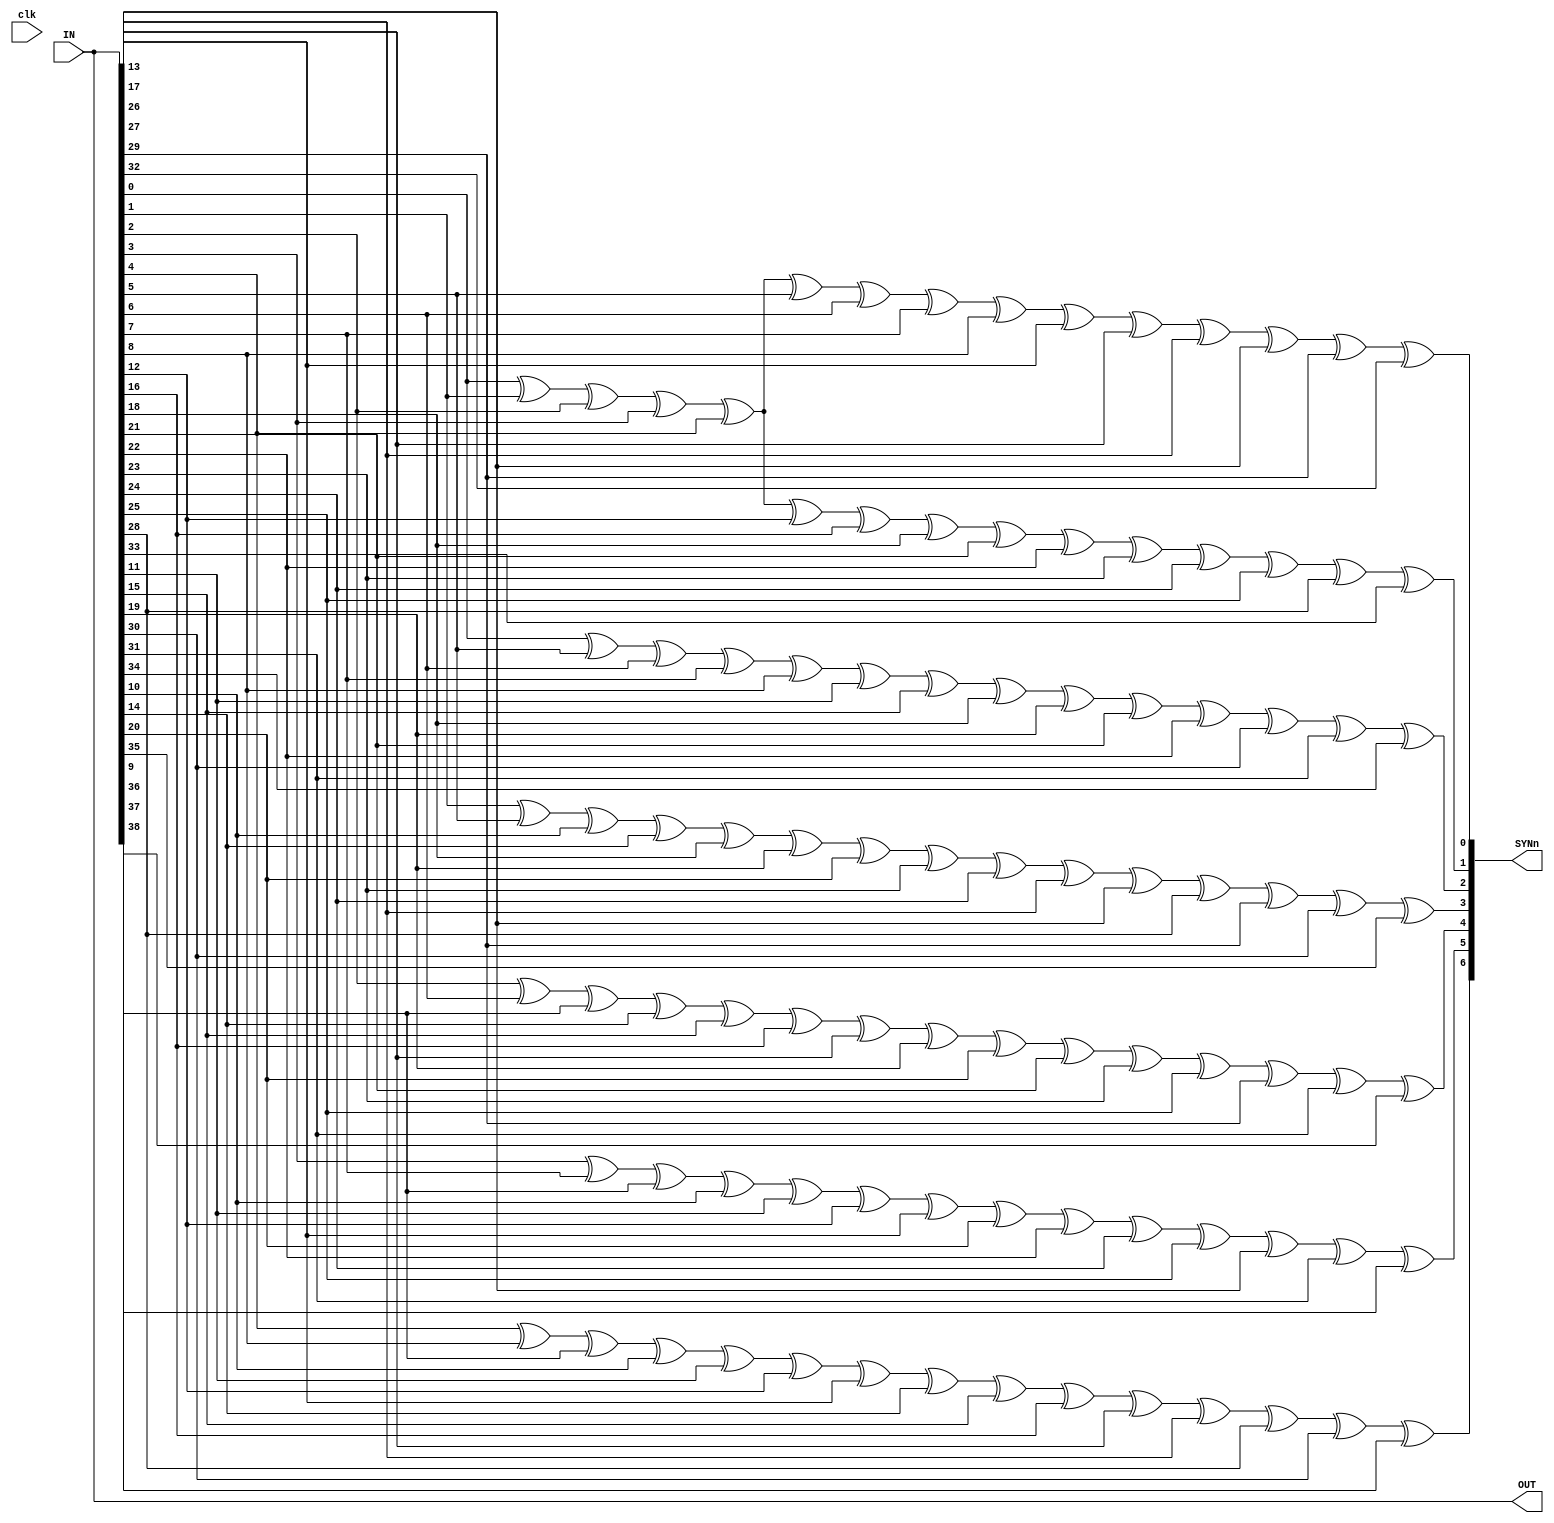
`timescale 1ns / 1ps

module de3(
    input [39:0] IN,
    input clk,
    
    output  [6:0] SYNn, 
    output  [39:0] OUT
);


    wire [6:0] CHK;
    reg [6:0] SYN;
    
    assign CHK = IN[38:32];
    
    always @(*) begin
       SYN[0] <= IN[0] ^ IN[1] ^ IN[2] ^ IN[3] ^ IN[4] ^ IN[5] ^ IN[6] ^ IN[7] ^ IN[8] ^ IN[13] ^ IN[17] ^ IN[26] ^ IN[27] ^ IN[29] ^ CHK[0];
       SYN[1] <= IN[0] ^ IN[1] ^ IN[2] ^ IN[3] ^ IN[4] ^ IN[12] ^ IN[16] ^ IN[18] ^ IN[21] ^ IN[22] ^ IN[23] ^ IN[24] ^ IN[25] ^ IN[28] ^ CHK[1];
       SYN[2] <= IN[0] ^ IN[5] ^ IN[6] ^ IN[7] ^ IN[8] ^ IN[11] ^ IN[15] ^ IN[18] ^ IN[19] ^ IN[21] ^ IN[22] ^ IN[30] ^ IN[31] ^ CHK[2];
       SYN[3] <= IN[1] ^ IN[5] ^ IN[10] ^ IN[14] ^ IN[18] ^ IN[19] ^ IN[20] ^ IN[23] ^ IN[24] ^ IN[26] ^ IN[27] ^ IN[28] ^ IN[29] ^ IN[30] ^ CHK[3];
       SYN[4] <= IN[2] ^ IN[6] ^ IN[9] ^ IN[14] ^ IN[15] ^ IN[16] ^ IN[17] ^ IN[19] ^ IN[20] ^ IN[21] ^ IN[23] ^ IN[25] ^ IN[29] ^ IN[31] ^ CHK[4];
       SYN[5] <= IN[3] ^ IN[7] ^ IN[9] ^ IN[10] ^ IN[11] ^ IN[12] ^ IN[13] ^ IN[20] ^ IN[22] ^ IN[24] ^ IN[25] ^ IN[27] ^ IN[31] ^ CHK[5];
       SYN[6] <= IN[4] ^ IN[8] ^ IN[9] ^ IN[10] ^ IN[11] ^ IN[12] ^ IN[13] ^ IN[14] ^ IN[15] ^ IN[16] ^ IN[17] ^ IN[26] ^ IN[28] ^ IN[30] ^ CHK[6];
    

    end



    assign OUT = IN[39:0];
    assign SYNn = SYN;
endmodule